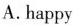
A.happy